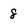
Character: 8